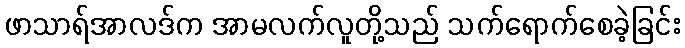
ဖာသာရ်အာလဒ်က အာမလက်လူတို့သည် သက်ရောက်စေခဲ့ခြင်း